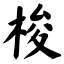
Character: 梭